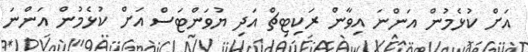
އަށް ކުޅެމުން އަންނަ އިވާން ރަކިޓިޗް އަދި ޔުވަންޓަސް އަށް ކުޅެމުން އަންނަ